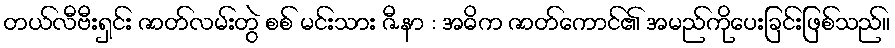
တယ်လီဗီးရှင်း ဇာတ်လမ်းတွဲ စစ် မင်းသား ဇီနာ : အဓိက ဇာတ်ကောင်၏ အမည်ကိုပေးခြင်းဖြစ်သည်။